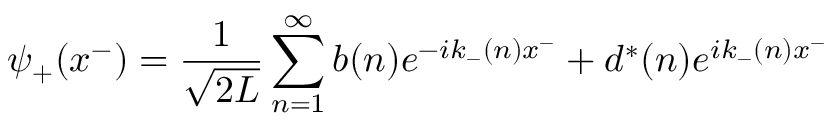
\psi _ { + } ( x ^ { - } ) = { \frac { 1 } { \sqrt { 2 L } } } \sum _ { n = 1 } ^ { \infty } b ( n ) e ^ { - i k _ { - } ( n ) x ^ { - } } + d ^ { * } ( n ) e ^ { i k _ { - } ( n ) x ^ { - } }